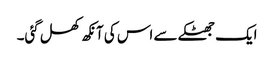
ایک جھٹکے سے اس کی آنکھ کھل گئی۔